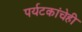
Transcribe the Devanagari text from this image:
पर्यटकांचेही